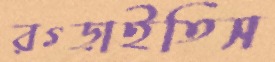
রগ্‌ড়াইতিস